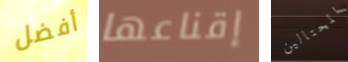
أفضل إقناعها المحتالين